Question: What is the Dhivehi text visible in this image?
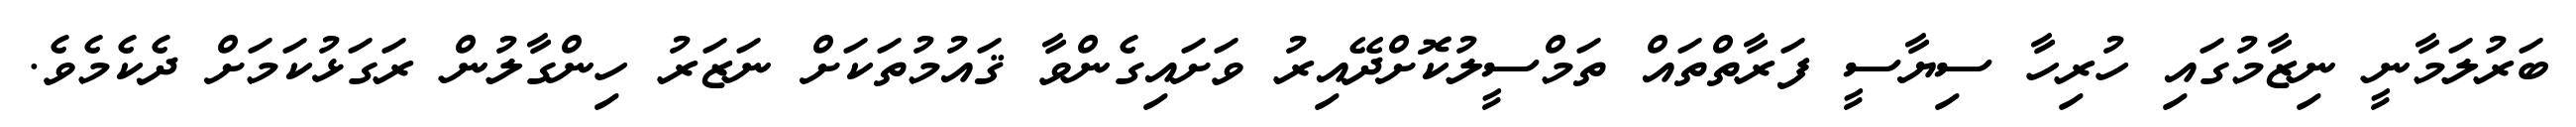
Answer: ބަރުލަމާނީ ނިޒާމުގައި ހުރިހާ ސިޔާސީ ފަރާތްތައް ތަމްސީލުކޮށްދޭއިރު ވަށައިގެންވާ ޤައުމުތަކަށް ނަޒަރު ހިންގާލުން ރަގަޅުކަމަށް ދެކެމެވެ.